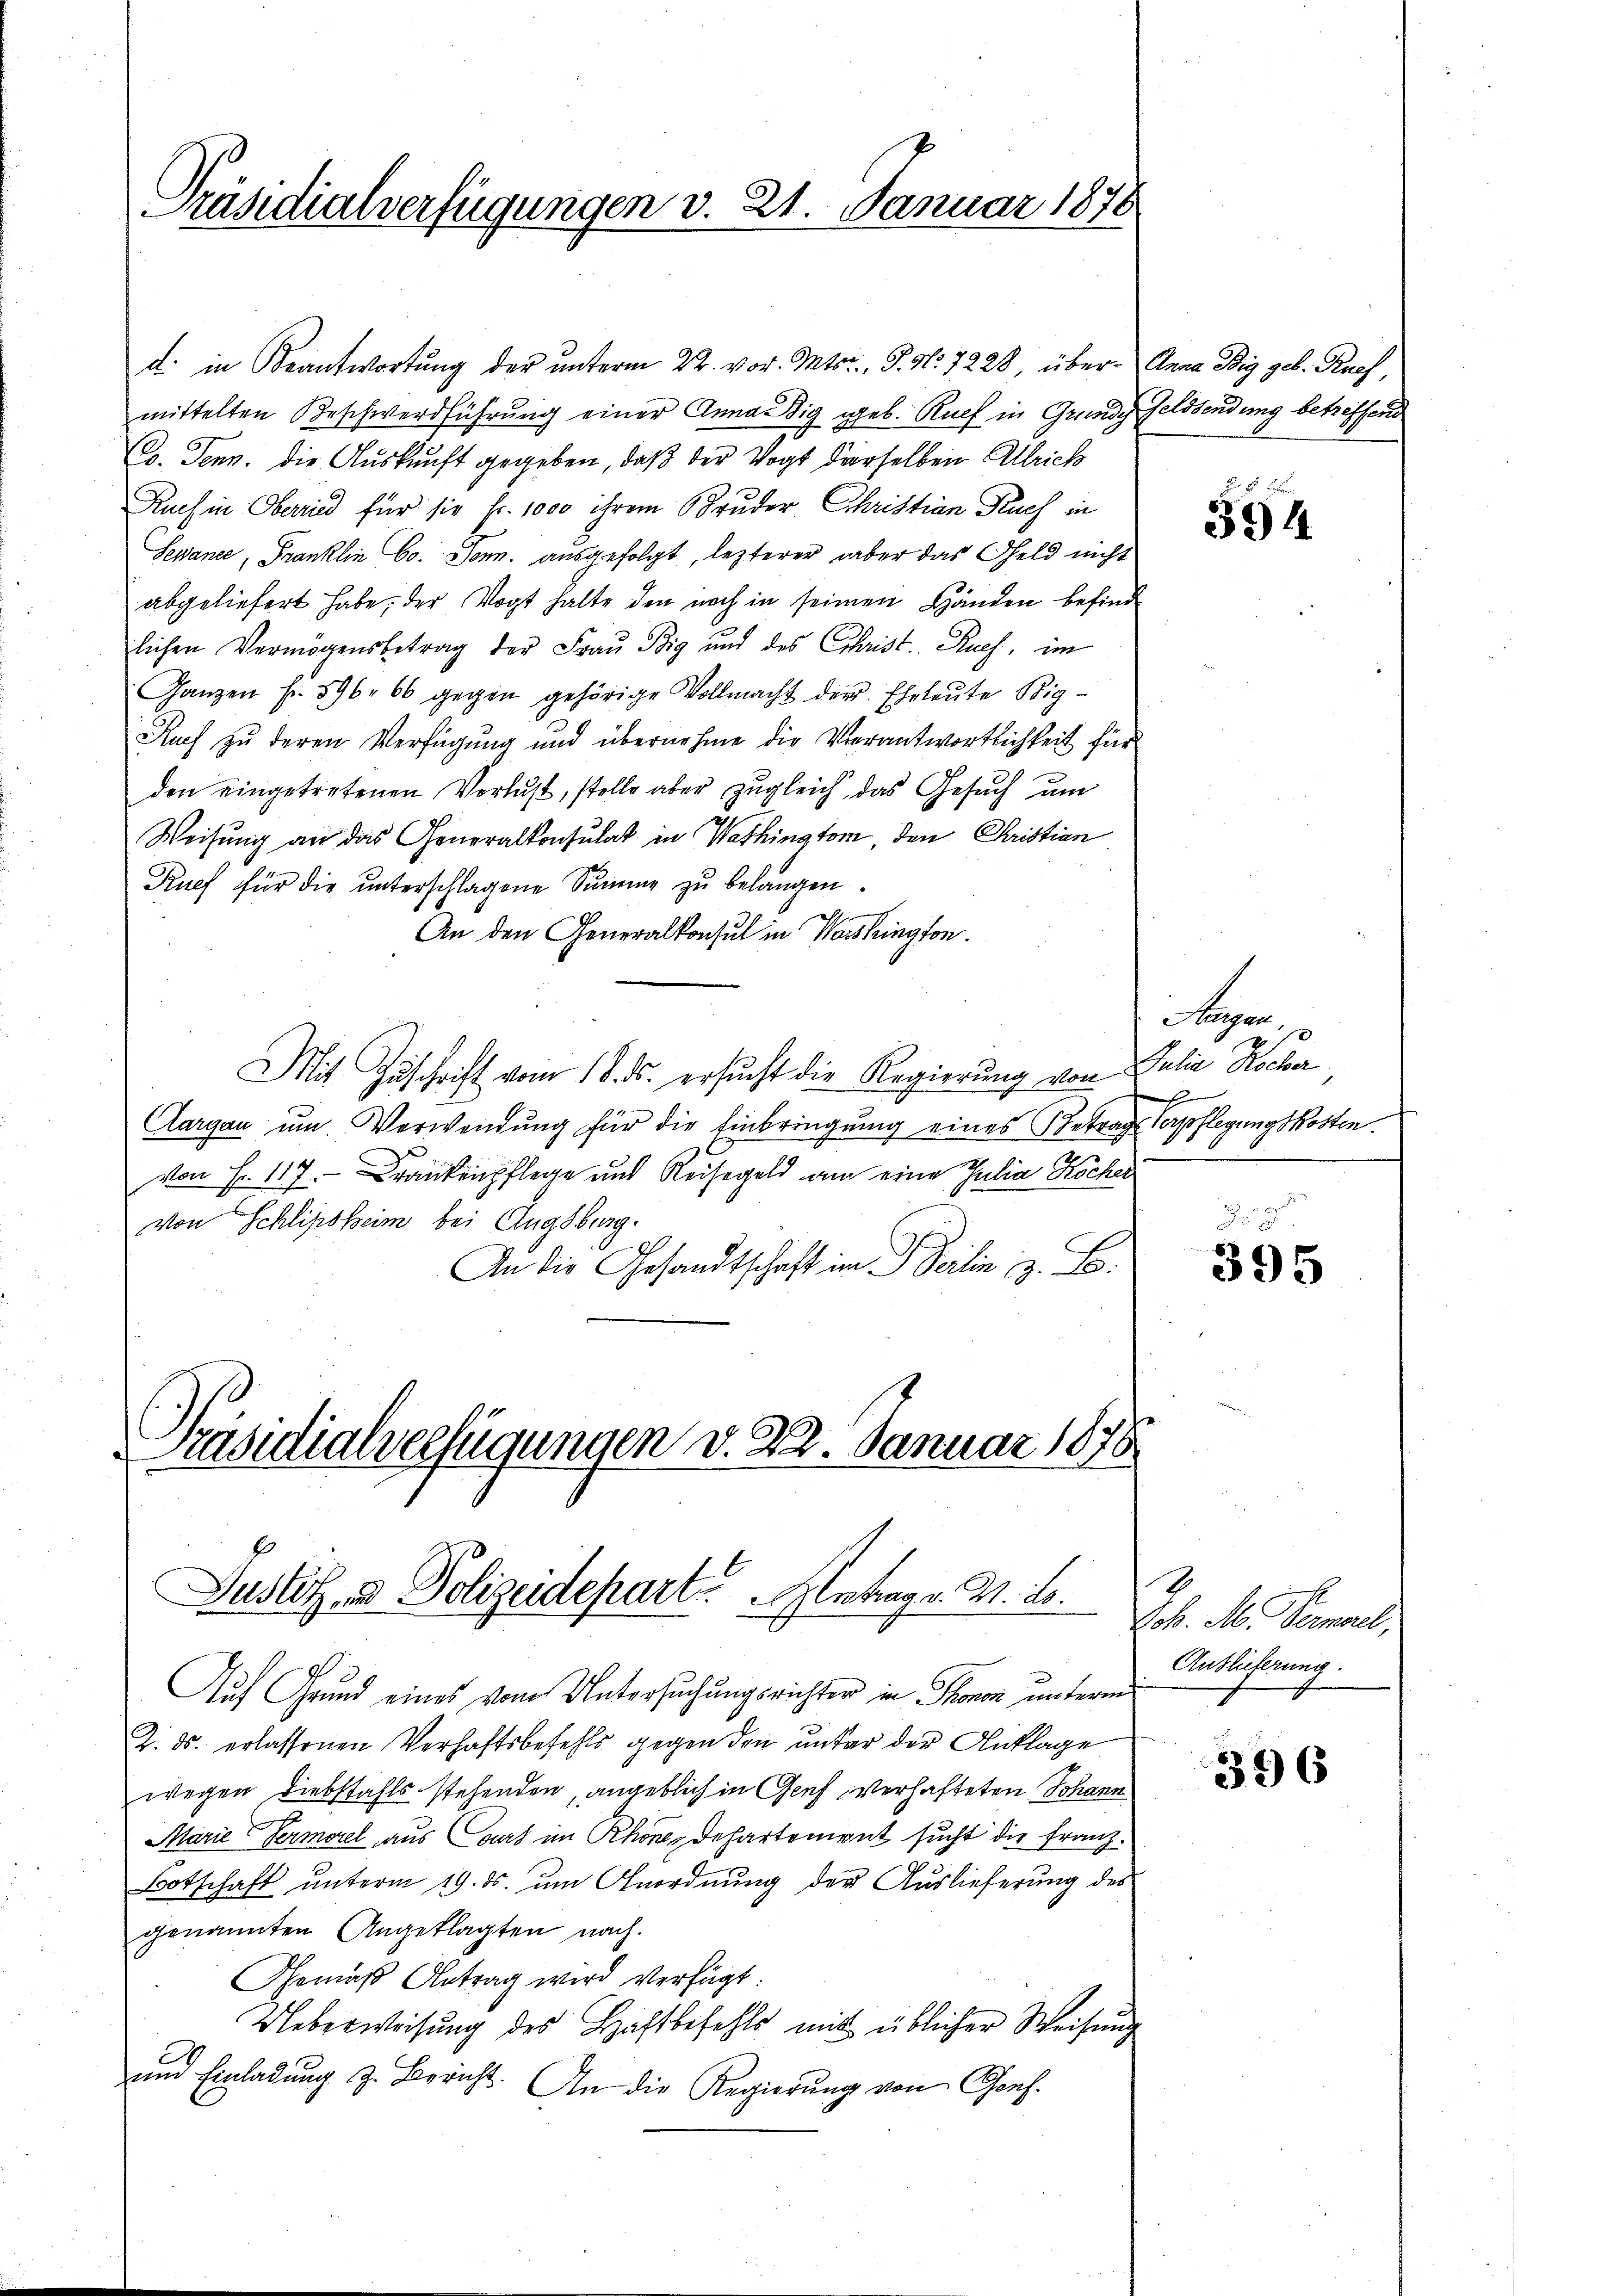
Präsidialverfügungen v. 21. Januar 1878

mittelten Beschwerdführung einer Anna dig geb. Ruef in Grunde Feldsendung betreffend
Co. Jenn. die Auskunft gegeben, daß der Vogt derselben Allrich
Ruch in Oberried für sie fr. 1000 ihrem Bruder Christian Kuch in
Sewande, Franklin Co. Sonn. ausgefolgt, lezterer aber das Geld nicht
abgeliefert habe, der Vogt halte den noch in seinen Händen befindlichen Vermögensbetrag der Fraŭ Big und des Christ. Ruef, im
Ganzen f. 596. 66 gegen gehörige Vollmacht der Eheleute Sig¬
Ruch zu deren Verfügung und übernehme die Verantwortlichkeit für
den eingetretenen Verlust, stelle aber zugleich, das Gesuch um
Weisung an das Generalkonsulat in Wethington, den Christian
Ruef für die unterschlagene Summe zu belangen.
An den Generalkonsul in Washington.
Mit Zuschrift vom 18. ds. ersucht die Regierung von Julia Rocker
Aargau um. Verwendung für die Einbringung eines Betrags Verpflegungskosten.
d
von Fr. 117. - Krankenpflege und Reisegeld am eine Julia Kocher
von Schlipsheim bei Augsburg.
An die Gesandtschaft im Beilen z. B.

Präsidialverfügungen v. 22. Januar 1878
Justiz und Polizeidepart. Antrag v. M. L.

d. in Beantwortung der unterm 22. vor. Mts., S. N. 7228 über- Anna Ddig geb. Ruef

Auf Grund eines vom Untersuchungsrichter in Thonen unterm
Z. ds. erlassenen Verhaftsbefehls gegen den unter der Anklage
wegen Diebstahls stehenden, angeblich in Genf verhafteten Johann
Marie Permorel aus Court im Rhone, Departement sucht die Franz¬
Botschaft unterm 19. ds. um Anordnung der Auslieferung des
genannten Angeklagten nach.
Gemäß Antrag wird verfügt:
Ueberweisung des Haftbefehls mit üblicher Weisung
und Einladung z. Bericht. An die Regierung von Genf.

594.

Augen
2

395

Joh. M. Samuel
Auslieferung.

396